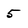
Character: 5